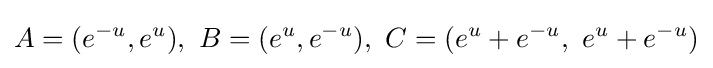
A=(e^{-u},e^{u}),\ B=(e^{u},e^{-u}),\ C=(e^{u}+e^{-u},\ e^{u}+e^{-u})